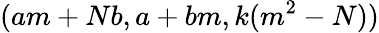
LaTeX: (am+Nb,a+bm,k(m^{2}-N))